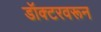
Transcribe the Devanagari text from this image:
डॉक्टरवरून